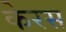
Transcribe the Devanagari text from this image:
केरस